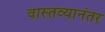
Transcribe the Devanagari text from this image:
वास्तव्यानंतर